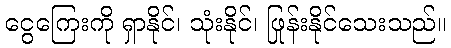
ငွေကြေးကို ရှာနိုင်၊ သုံးနိုင်၊ ဖြုန်းနိုင်သေးသည်။